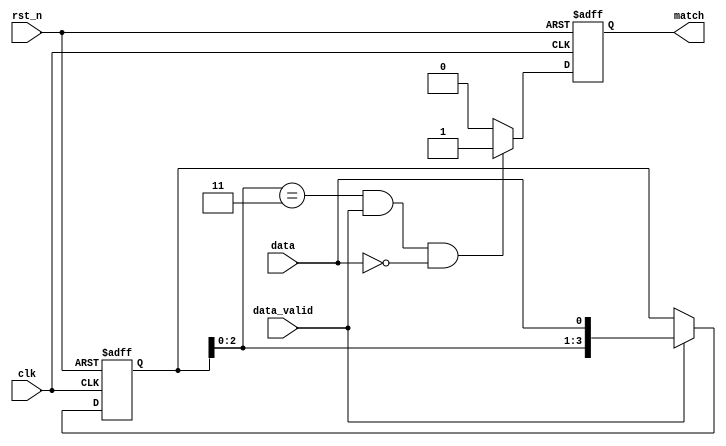
`timescale 1ns/1ns
module sequence_detect(
	input clk,
	input rst_n,
	input data,
	input data_valid,
	output reg match
	);

    reg [3:0] tmp;

  always  @(posedge clk or negedge rst_n)begin
    if(rst_n==1'b0)begin
        tmp <= 0;
    end
    else if(data_valid) begin
        tmp <= {tmp[2:0],data};
    end
  end


  always  @(posedge clk or negedge rst_n)begin
    if(rst_n==1'b0)begin
        match <= 0;
    end
    else if(tmp[2:0] == 3'b011 && data_valid && data == 0) begin
        match <= 1;
    end
    else begin
        match <= 0;
    end
        
  end
endmodule